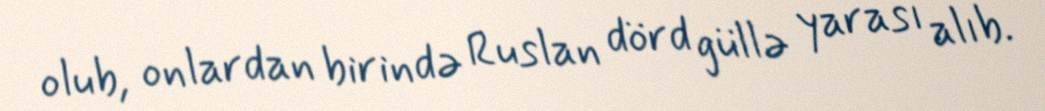
olub, onlardan birində Ruslan dörd güllə yarası alıb.